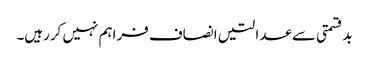
بدقسمتی سے عدالتیں انصاف فراہم نہیں کررہیں۔